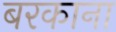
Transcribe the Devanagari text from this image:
बरकाना